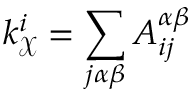
k _ { \mathcal { X } } ^ { i } = \sum _ { j \alpha \beta } A _ { i j } ^ { \alpha \beta }